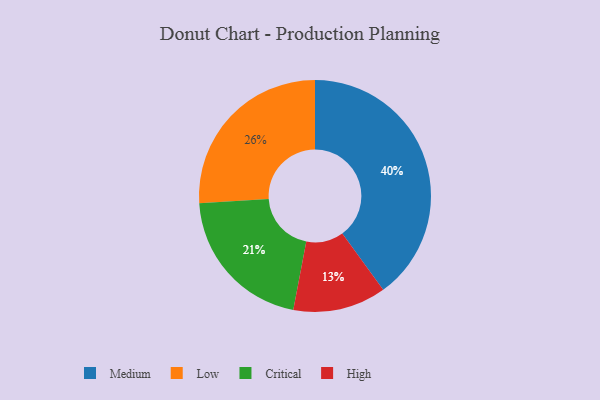
{"axis": {"x": "Category", "y": "Percentage"}, "legend": ["Critical", "High", "Low", "Medium"], "data": [{"x": "High", "y": 13, "type": "High"}, {"x": "Low", "y": 26, "type": "Low"}, {"x": "Critical", "y": 21, "type": "Critical"}, {"x": "Medium", "y": 40, "type": "Medium"}]}